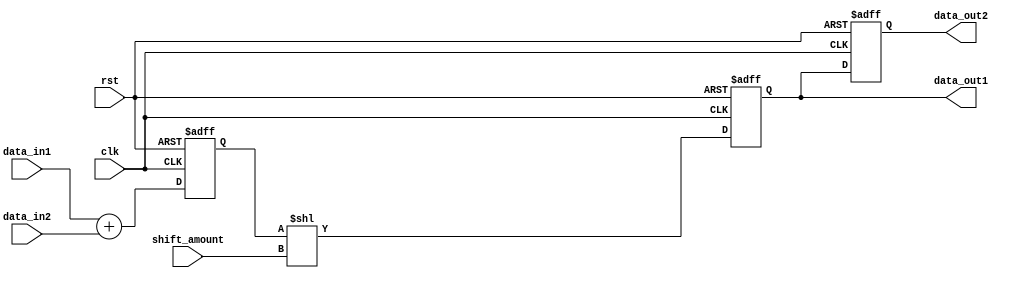
module FixedPointShiftRegister (
    input clk,
    input rst,
    input [7:0] shift_amount,
    input [7:0] data_in1,
    input [7:0] data_in2,
    output reg [7:0] data_out1,
    output reg [7:0] data_out2
);

reg [7:0] temp_data;
reg [7:0] shifted_data1;
reg [7:0] shifted_data2;

always @(posedge clk or posedge rst) begin
    if (rst) begin
        temp_data <= 8'b0;
        shifted_data1 <= 8'b0;
        shifted_data2 <= 8'b0;
    end else begin
        temp_data <= data_in1 + data_in2; // Fixed-point adder
        shifted_data1 <= temp_data << shift_amount; // Fixed-point shifter
        shifted_data2 <= shifted_data1;
    end
end

assign data_out1 = shifted_data1;
assign data_out2 = shifted_data2;

endmodule